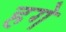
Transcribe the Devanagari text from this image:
हगे